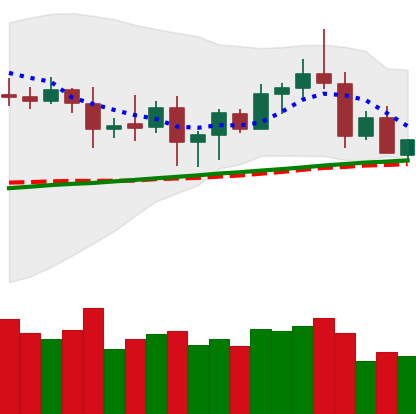
Ticker: ETC-USD
Chart end date: 2020-08-22
Forward return: -6.291%
Label: down_5_7